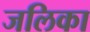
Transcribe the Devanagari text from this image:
जलिका